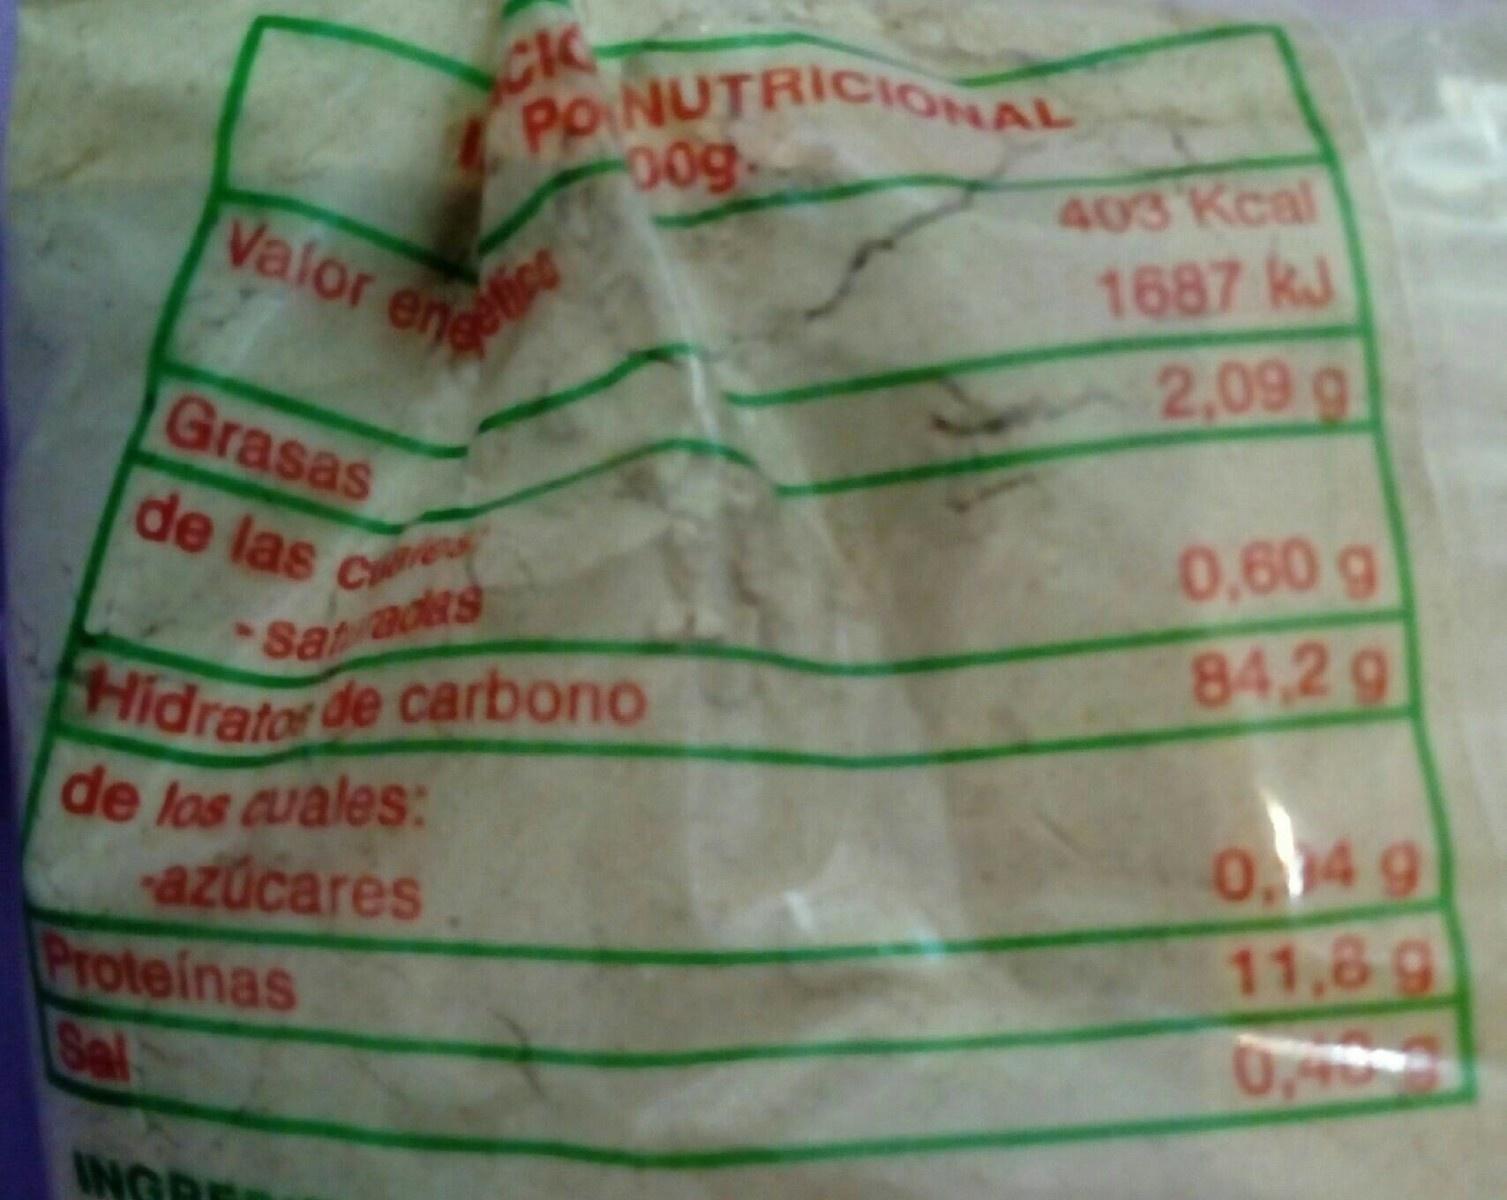
CK Po NUTRICIONAL 00g-
403 Kcal 1687 kJ
Valor e
Grasas
2,09 g
de las
Cye
0,60 g
Saadas Hidrator de carbono de los cuales: azúcares Proteinas Sal
84.2 g
0.)4 g
11,8g
0,49-3
INGRE